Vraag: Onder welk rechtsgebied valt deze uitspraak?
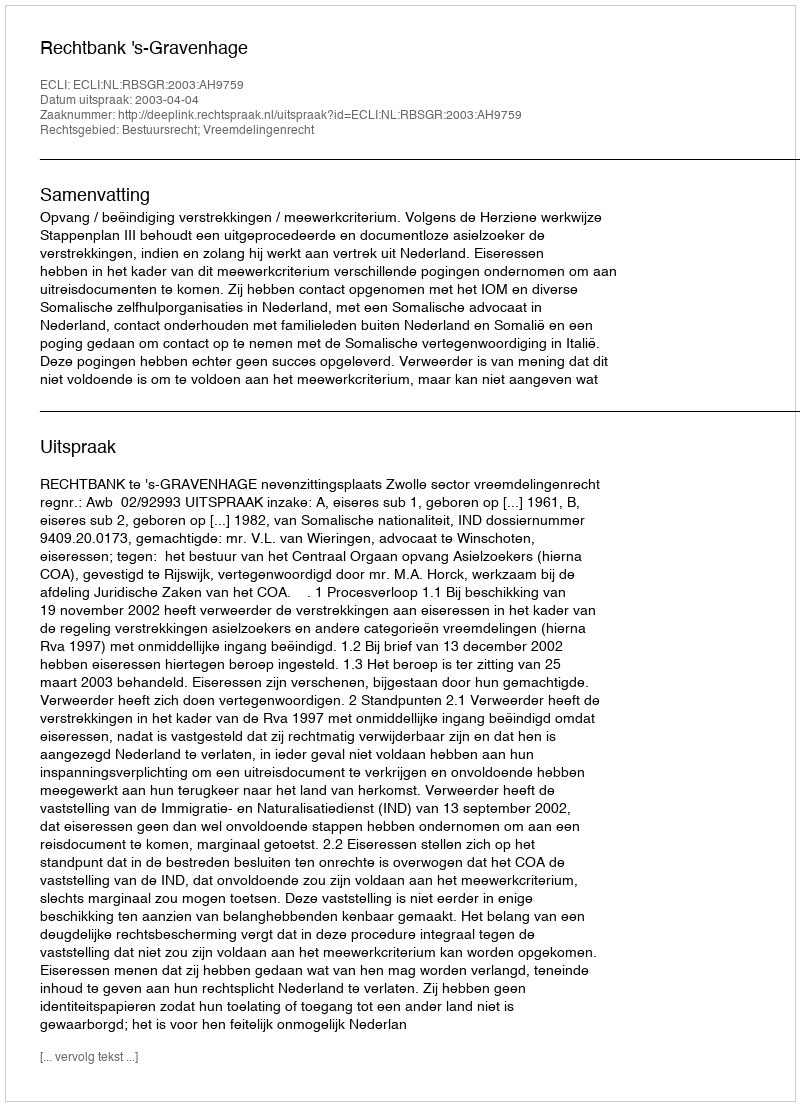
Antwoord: Bestuursrecht; Vreemdelingenrecht